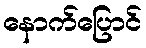
နောက်ပြောင်